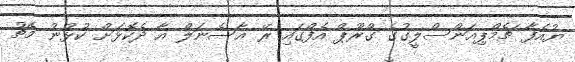
ޔުއެފާ ޗެމްޕިއަންސްލީގުގެ ގްރޫޕް އެފްގައި ރޭ އާސެނަލް އާ ދެކޮޅަށް ކުޅުނު މެޗު